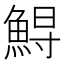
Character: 𩷥